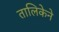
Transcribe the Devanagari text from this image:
तालिकेने